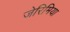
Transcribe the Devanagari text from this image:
जेरिमिया